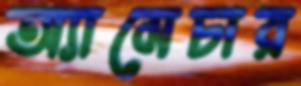
অ্যামেচার